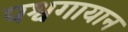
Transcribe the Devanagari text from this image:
पश्वगायान